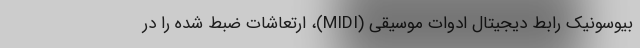
بیوسونیک رابط دیجیتال ادوات موسیقی (MIDI)، ارتعاشات ضبط شده را در